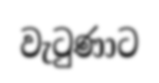
වැටුණාට